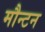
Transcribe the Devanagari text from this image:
मौन्टन